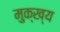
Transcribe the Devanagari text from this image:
मुक्ख्य